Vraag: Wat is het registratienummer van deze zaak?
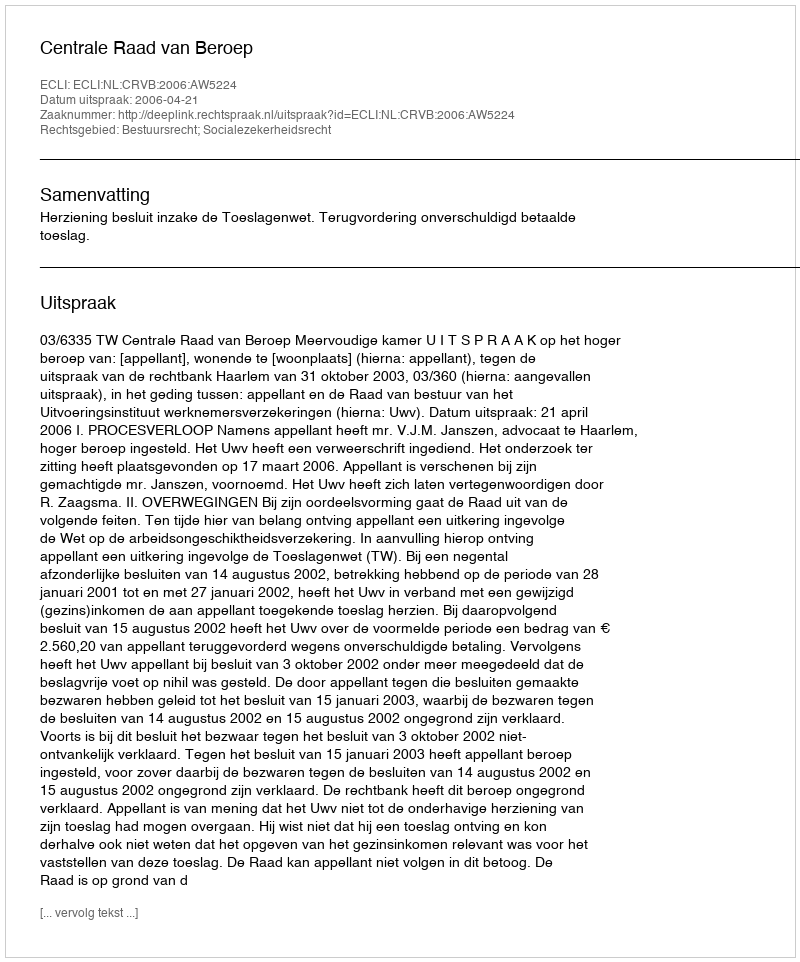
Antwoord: http://deeplink.rechtspraak.nl/uitspraak?id=ECLI:NL:CRVB:2006:AW5224